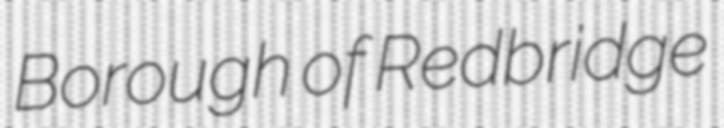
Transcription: Borough of Redbridge